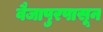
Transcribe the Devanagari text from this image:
वैजापुरपासून